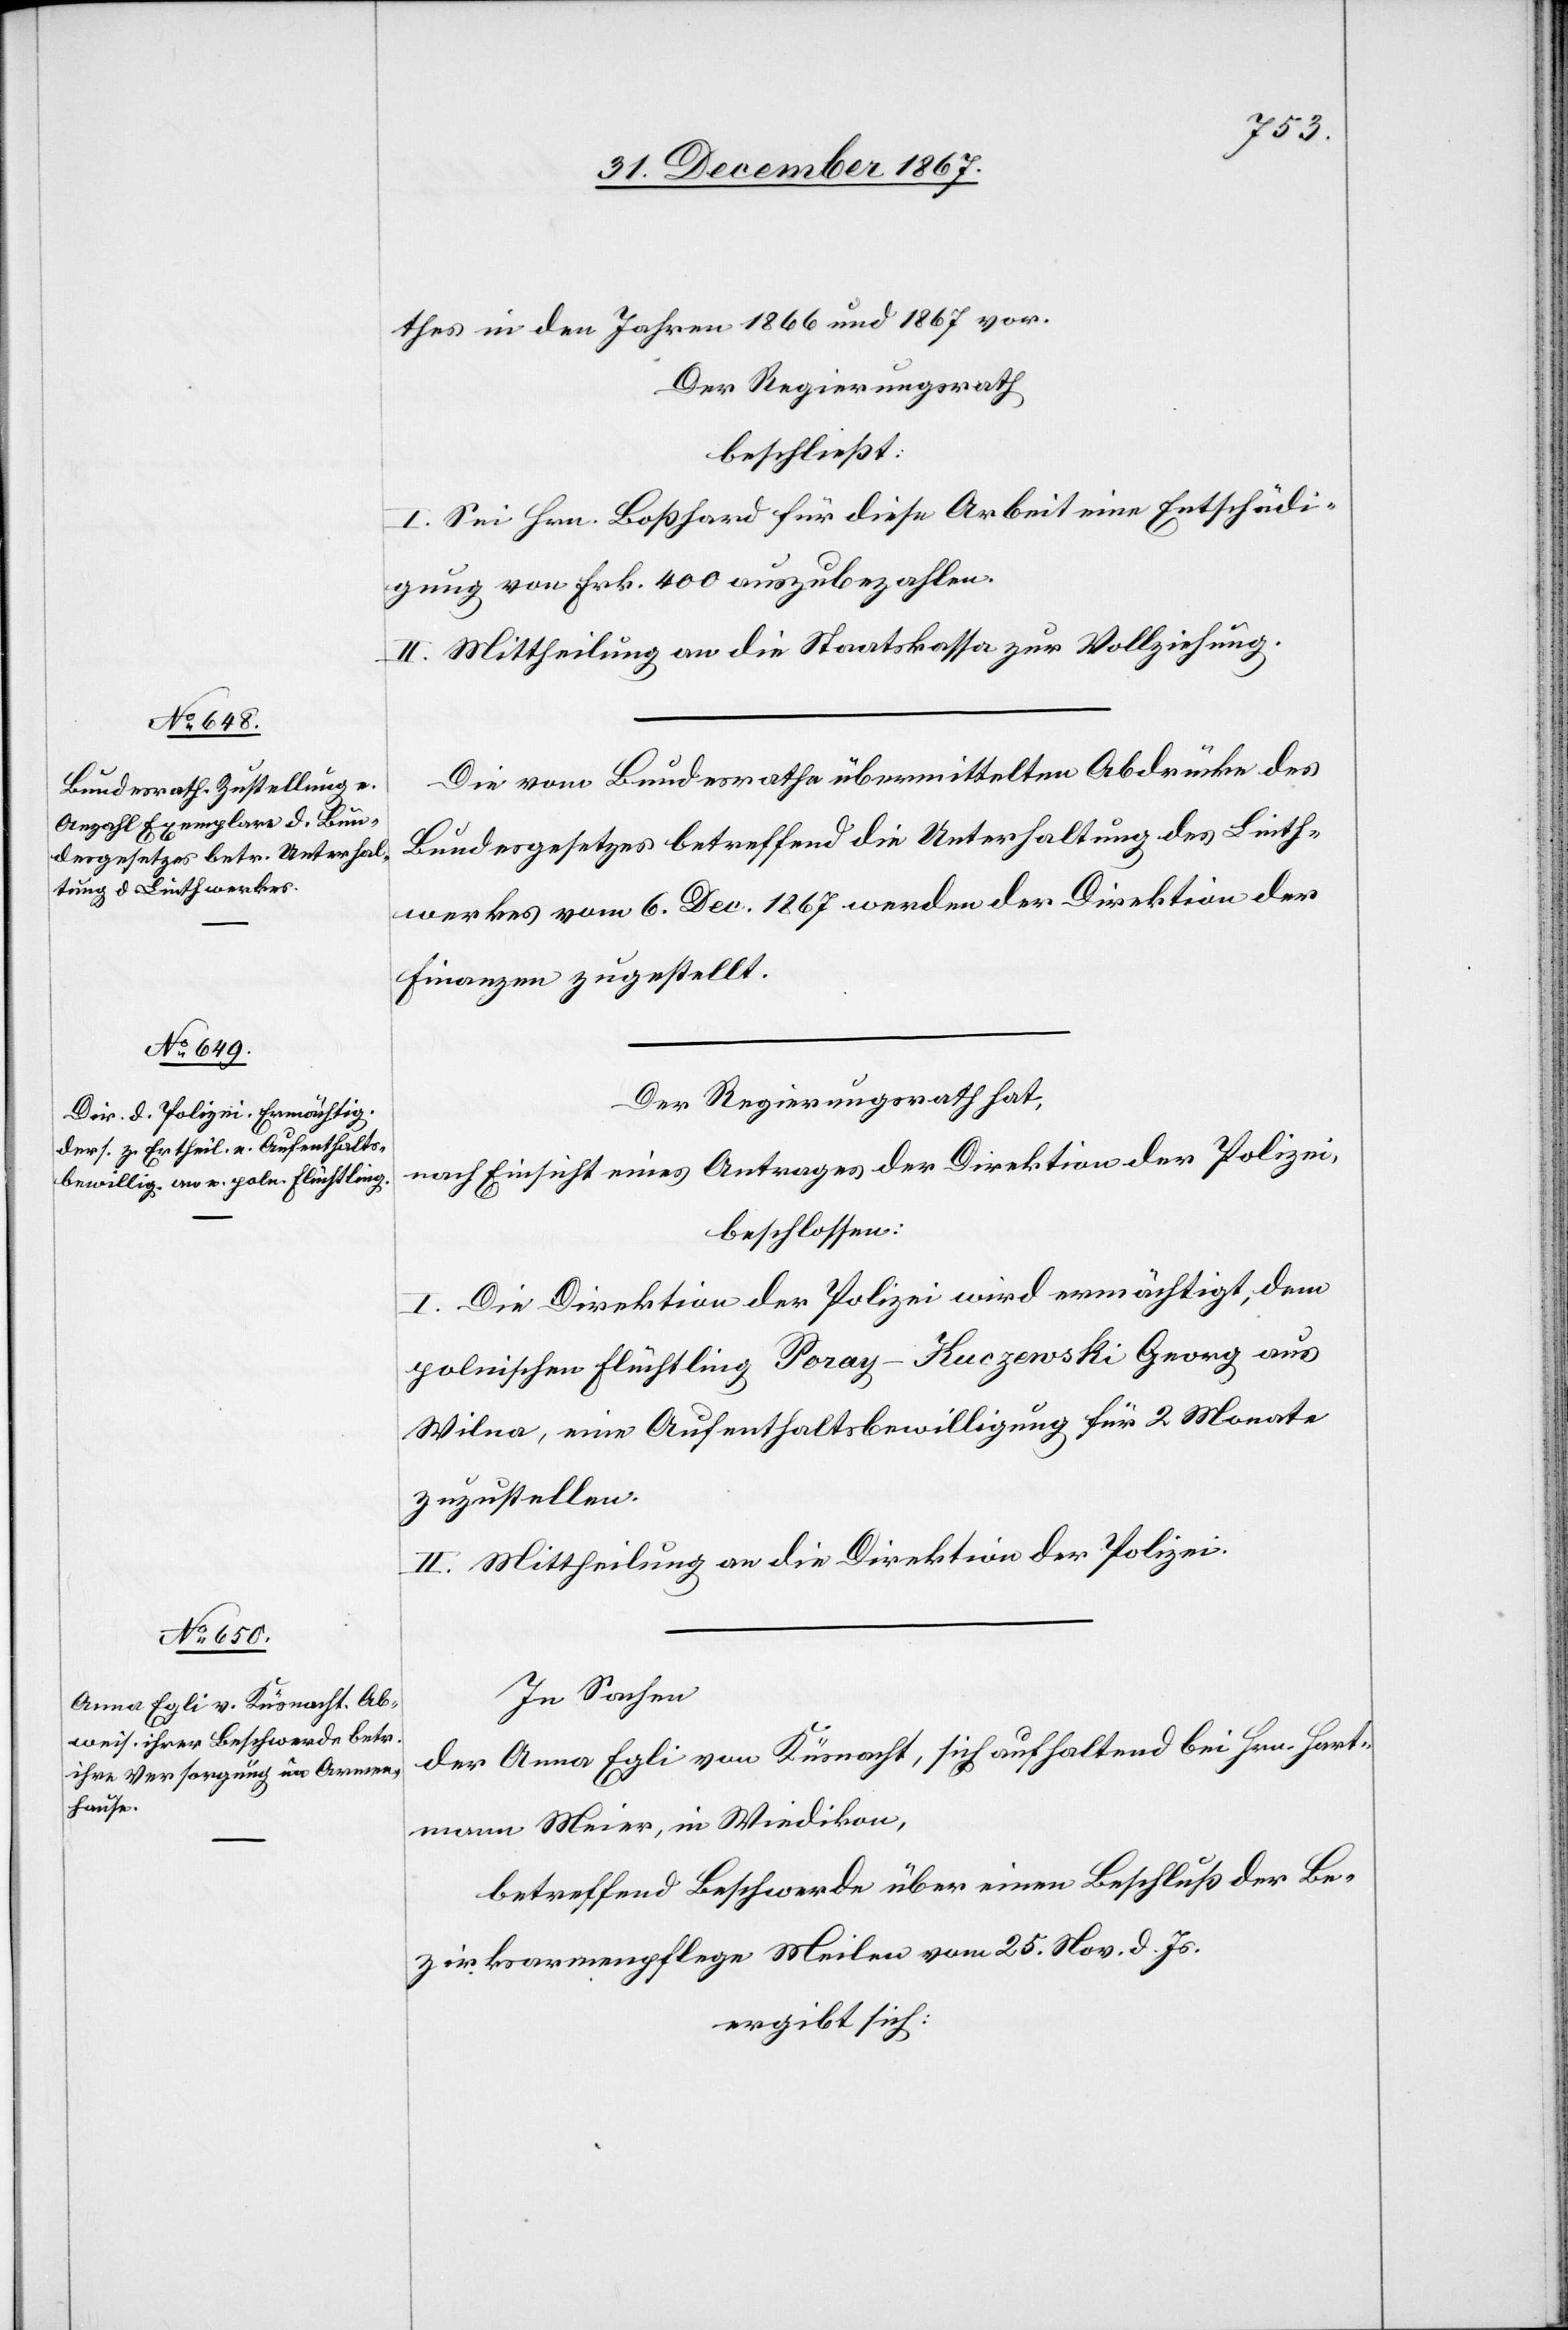
thes in den Jahren 1866 und 1867 vor.
Der Regierungsrath
beschließt:
I. Sei Hrn. Boßhard für diese Arbeit eine Entschädi¬
gung von Frk. 400 auszubezahlen.
II. Mittheilung an die Staatskasse zur Vollziehung.
Die vom Bundesrathe übermittelten Abdrücke des
Bundesgesetzes betreffend die Unterhaltung des Linth¬
werkes vom 6. Dec. 1867 werden der Direktion der
Finanzen zugestellt.
Der Regierungsrath hat,
nach Einsicht eines Antrages der Direktion der Polizei,
beschlossen:
I. Die Direktion der Polizei wird ermächtigt, dem
polnischen Flüchtling Peray-Kuczenski Georg aus
Wilna, eine Aufenthaltsbewilligung für 2 Monate
zuzustellen.
II. Mittheilung an die Direktion der Polizei.
In Sachen
der Anna Egli von Küsnacht, sich aufhaltend bei Hrn. Hart¬
mann Meier, in Wiedikon,
betreffend Beschwerde über einen Beschluß der Be¬
zirksarmenpflege Meilen vom 25. Nov. v. Js.
ergibt sich: